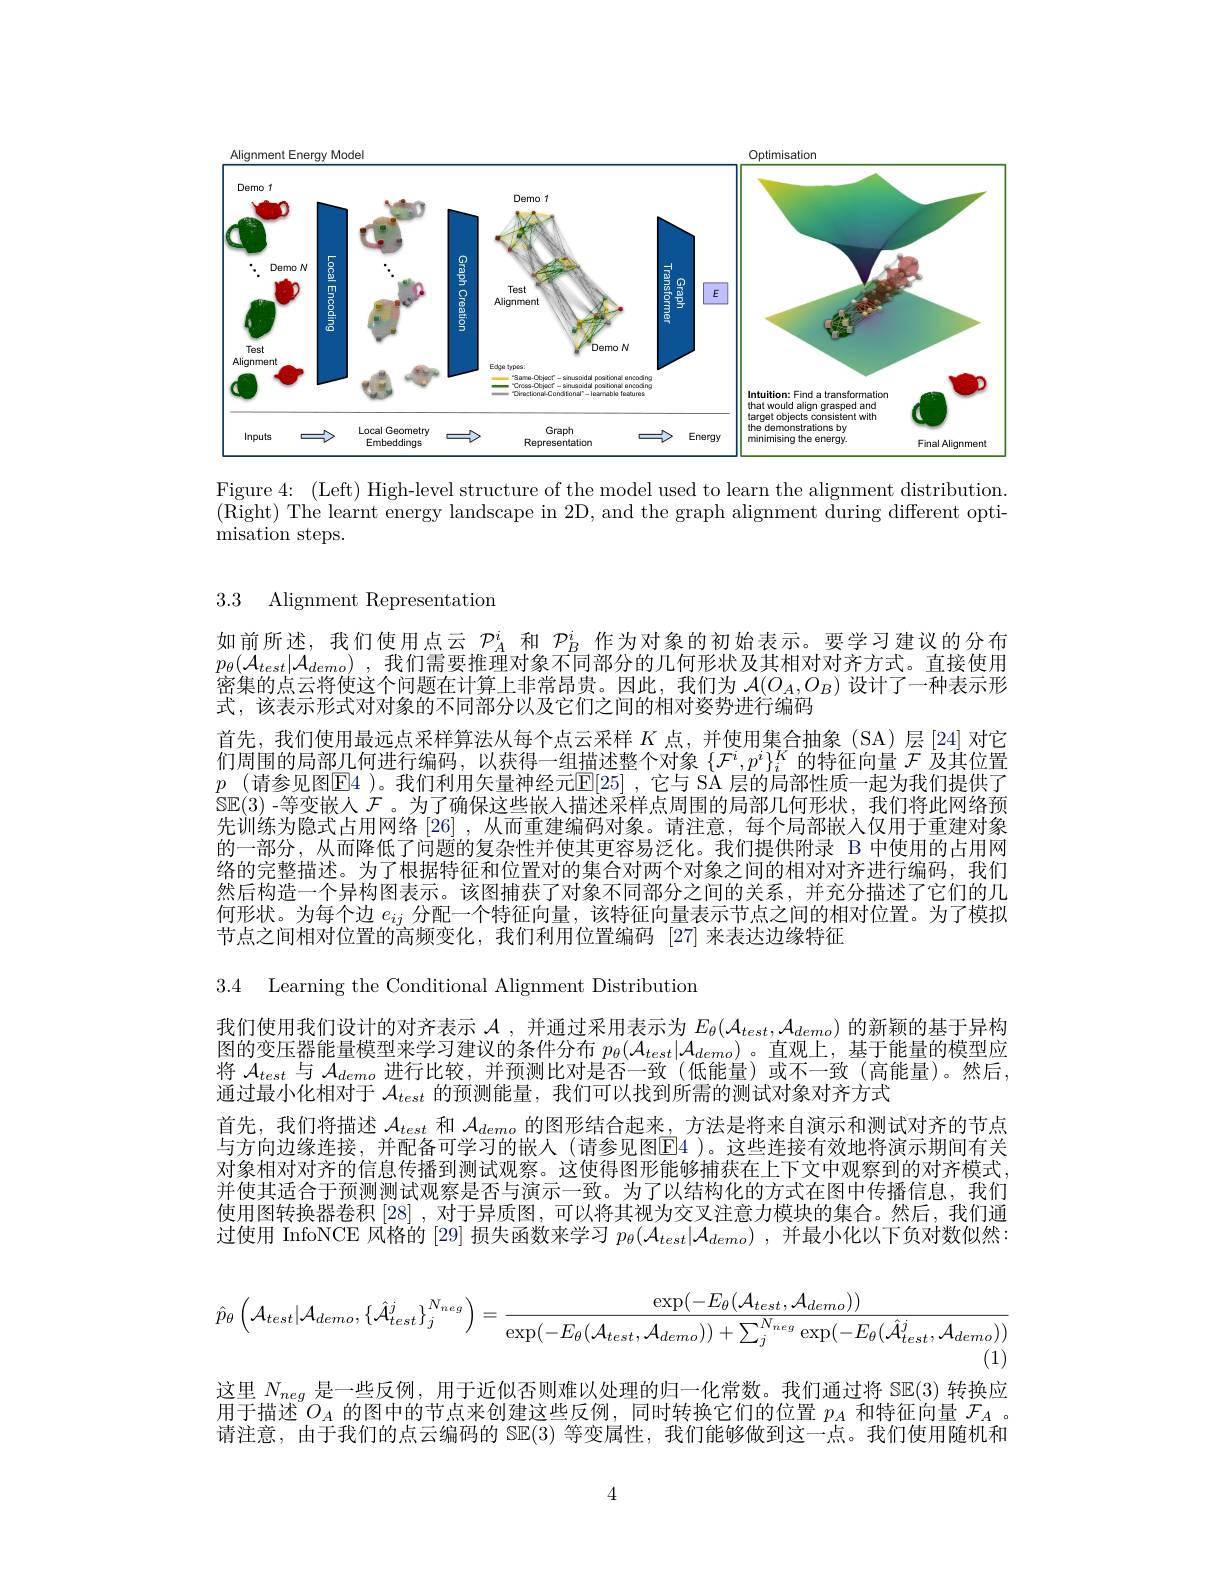
<FigureHere>

Figure 4: (Left) High-level structure of the model used to learn the alignment distribution. (Right) The learnt energy landscape in 2D, and the graph alignment during different opti- ${\mathrm{misation~steps.}}$

# 3.3 Alignment Representation

如前所述，我们使用点云$\mathcal{P}_A^i$和$\mathcal{P}_B^i$作为对象的初始表示。要学习建议的分布$p_{\theta }( \mathcal{A} _{test}| \mathcal{A} _{demo})$ , $\bar{\text{我 们 需 要 推 理 对 象 不 同 部 分 的 几 何 形 状 及 其 相 对 对 齐 方 式 。直 接 使 用 }}$ 密集的点云将使这个问题在计算上非常昂贵。因此，我们为$\mathcal{A}(O_A,O_B)$设计了一种表示形式，该表示形式对对象的不同部分以及它们之间的相对姿势进行编码
首先，我们使用最远点采样算法从每个点云采样$K$点，并使用集合抽象(SA)层[24]对它们周围的局部几何进行编码，以获得一组描述整个对象$\{\mathcal{F}^i,p^i\}_i^K$的特征向量$\mathcal{F}$及其位置$p$ (请参见图$\mathbb{E}$4 )。我们利用矢量神经元$\mathbb{E} [ 25]$ ,它与 SA 层的局部性质一起为我们提供了SE(3) -等变嵌人$\mathcal{F}$。为了确保这些嵌人描述采样点周围的局部几何形状，我们将此网络预先训练为隐式占用网络 [26] ,从而重建编码对象。请注意，每个局部嵌人仅用于重建对象的一部分，从而降低了问题的复杂性并使其更容易泛化。我们提供附录 B 中使用的占用网络的完整描述。为了根据特征和位置对的集合对两个对象之间的相对对齐进行编码，我们然后构造一个异构图表示。该图捕获了对象不同部分之间的关系，并充分描述了它们的几何形状。为每个边$e_{ij}$分配一个特征向量，该特征向量表示节点之间的相对位置。为了模拟节点之间相对位置的高频变化，我们利用位置编码 [27] 来表达边缘特征

3.4 Learning the Conditional Alignment Distribution

我们使用我们设计的对齐表示$\mathcal{A}$ ,并通过采用表示为$E_\theta(\mathcal{A}_{test},\mathcal{A}_{demo})$的新颖的基于异构图的变压器能量模型来学习建议的条件分布$p_\theta(\mathcal{A}_{test}|\mathcal{A}_{demo})$ 。直观上，基于能量的模型应将$\mathcal{A}_{test}$与$\mathcal{A}_demo$进行比较，并预测比对是否一致 (低能量)或不一致 (高能量)。然后， 通过最小化相对于$\mathcal{A}_{test}$的预测能量，我们可以找到所需的测试对象对齐方式
首先，我们将描述$\mathcal{A}_{test}$和$\mathcal{A}_{demo}$的图形结合起来，方法是将来自演示和测试对齐的节点与方向边缘连接，并配备可学习的嵌人(请参见图$\overline{\mathrm{E}}$4 )。这些连接有效地将演示期间有关对象相对对齐的信息传播到测试观察。这使得图形能够捕获在上下文中观察到的对齐模式. 并使其适合于预测测试观察是否与演示一致。为了以结构化的方式在图中传播信息，我们使用图转换器卷积 [28] ,对于异质图，可以将其视为交叉注意力模块的集合。然后，我们通过使用 InfoNCE 风格的 [29] 损失函数来学习$p_\theta(\mathcal{A}_{test}|\mathcal{A}_{demo})$ ,并最小化以下负对数似然：
$$\hat{p}_{\theta}\left(\mathcal{A}_{test}|\mathcal{A}_{demo},\{\hat{\mathcal{A}}_{test}^{j}\}_{j}^{N_{neg}}\right)=\frac{\exp(-E_{\theta}(\mathcal{A}_{test},\mathcal{A}_{demo}))}{\exp(-E_{\theta}(\mathcal{A}_{test},\mathcal{A}_{demo}))+\sum_{j}^{N_{neg}}\exp(-E_{\theta}(\hat{\mathcal{A}}_{test}^{j},\mathcal{A}_{demo}))}$$
(1)

这里$N_{neg}$是一些反例，用于近似否则难以处理的归一化常数。我们通过将 SE(3) 转换应用于描述$O_A$的图中的节点来创建这些反例，同时转换它们的位置$p_A$和特征向量$\mathcal{F}_A$ 。请注意，由于我们的点云编码的 S$\mathbb{E}(3)$等变属性，我们能够做到这一点。我们使用随机和

4